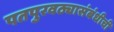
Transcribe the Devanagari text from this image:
पतपुरवठ्यासंबंधीची